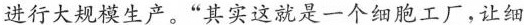
进行大规模生产。“其实这就是一个细胞工厂，让细